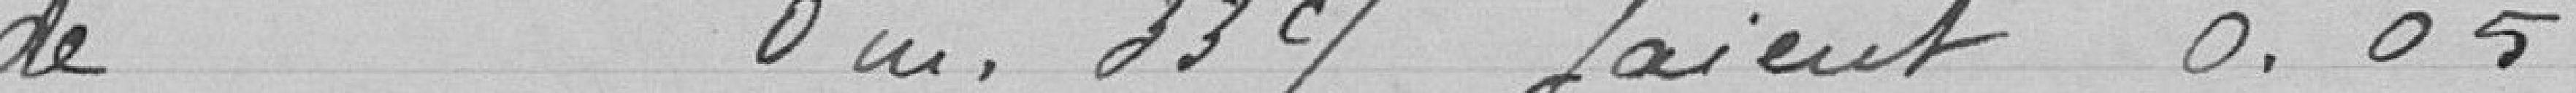
0,30 pour un veau, genisse, poulain, porc.